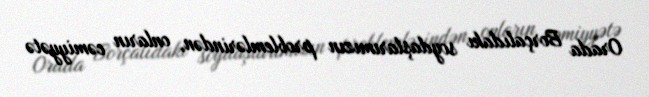
Orada Borçalıdakı soydaşlarımızın problemlərindən, onların cəmiyyətə